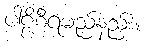
ပါဠိစီရမည်နည်း။